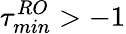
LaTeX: \tau_{min}^{RO}>-1